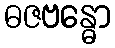
ဓဇဗန္ဓော